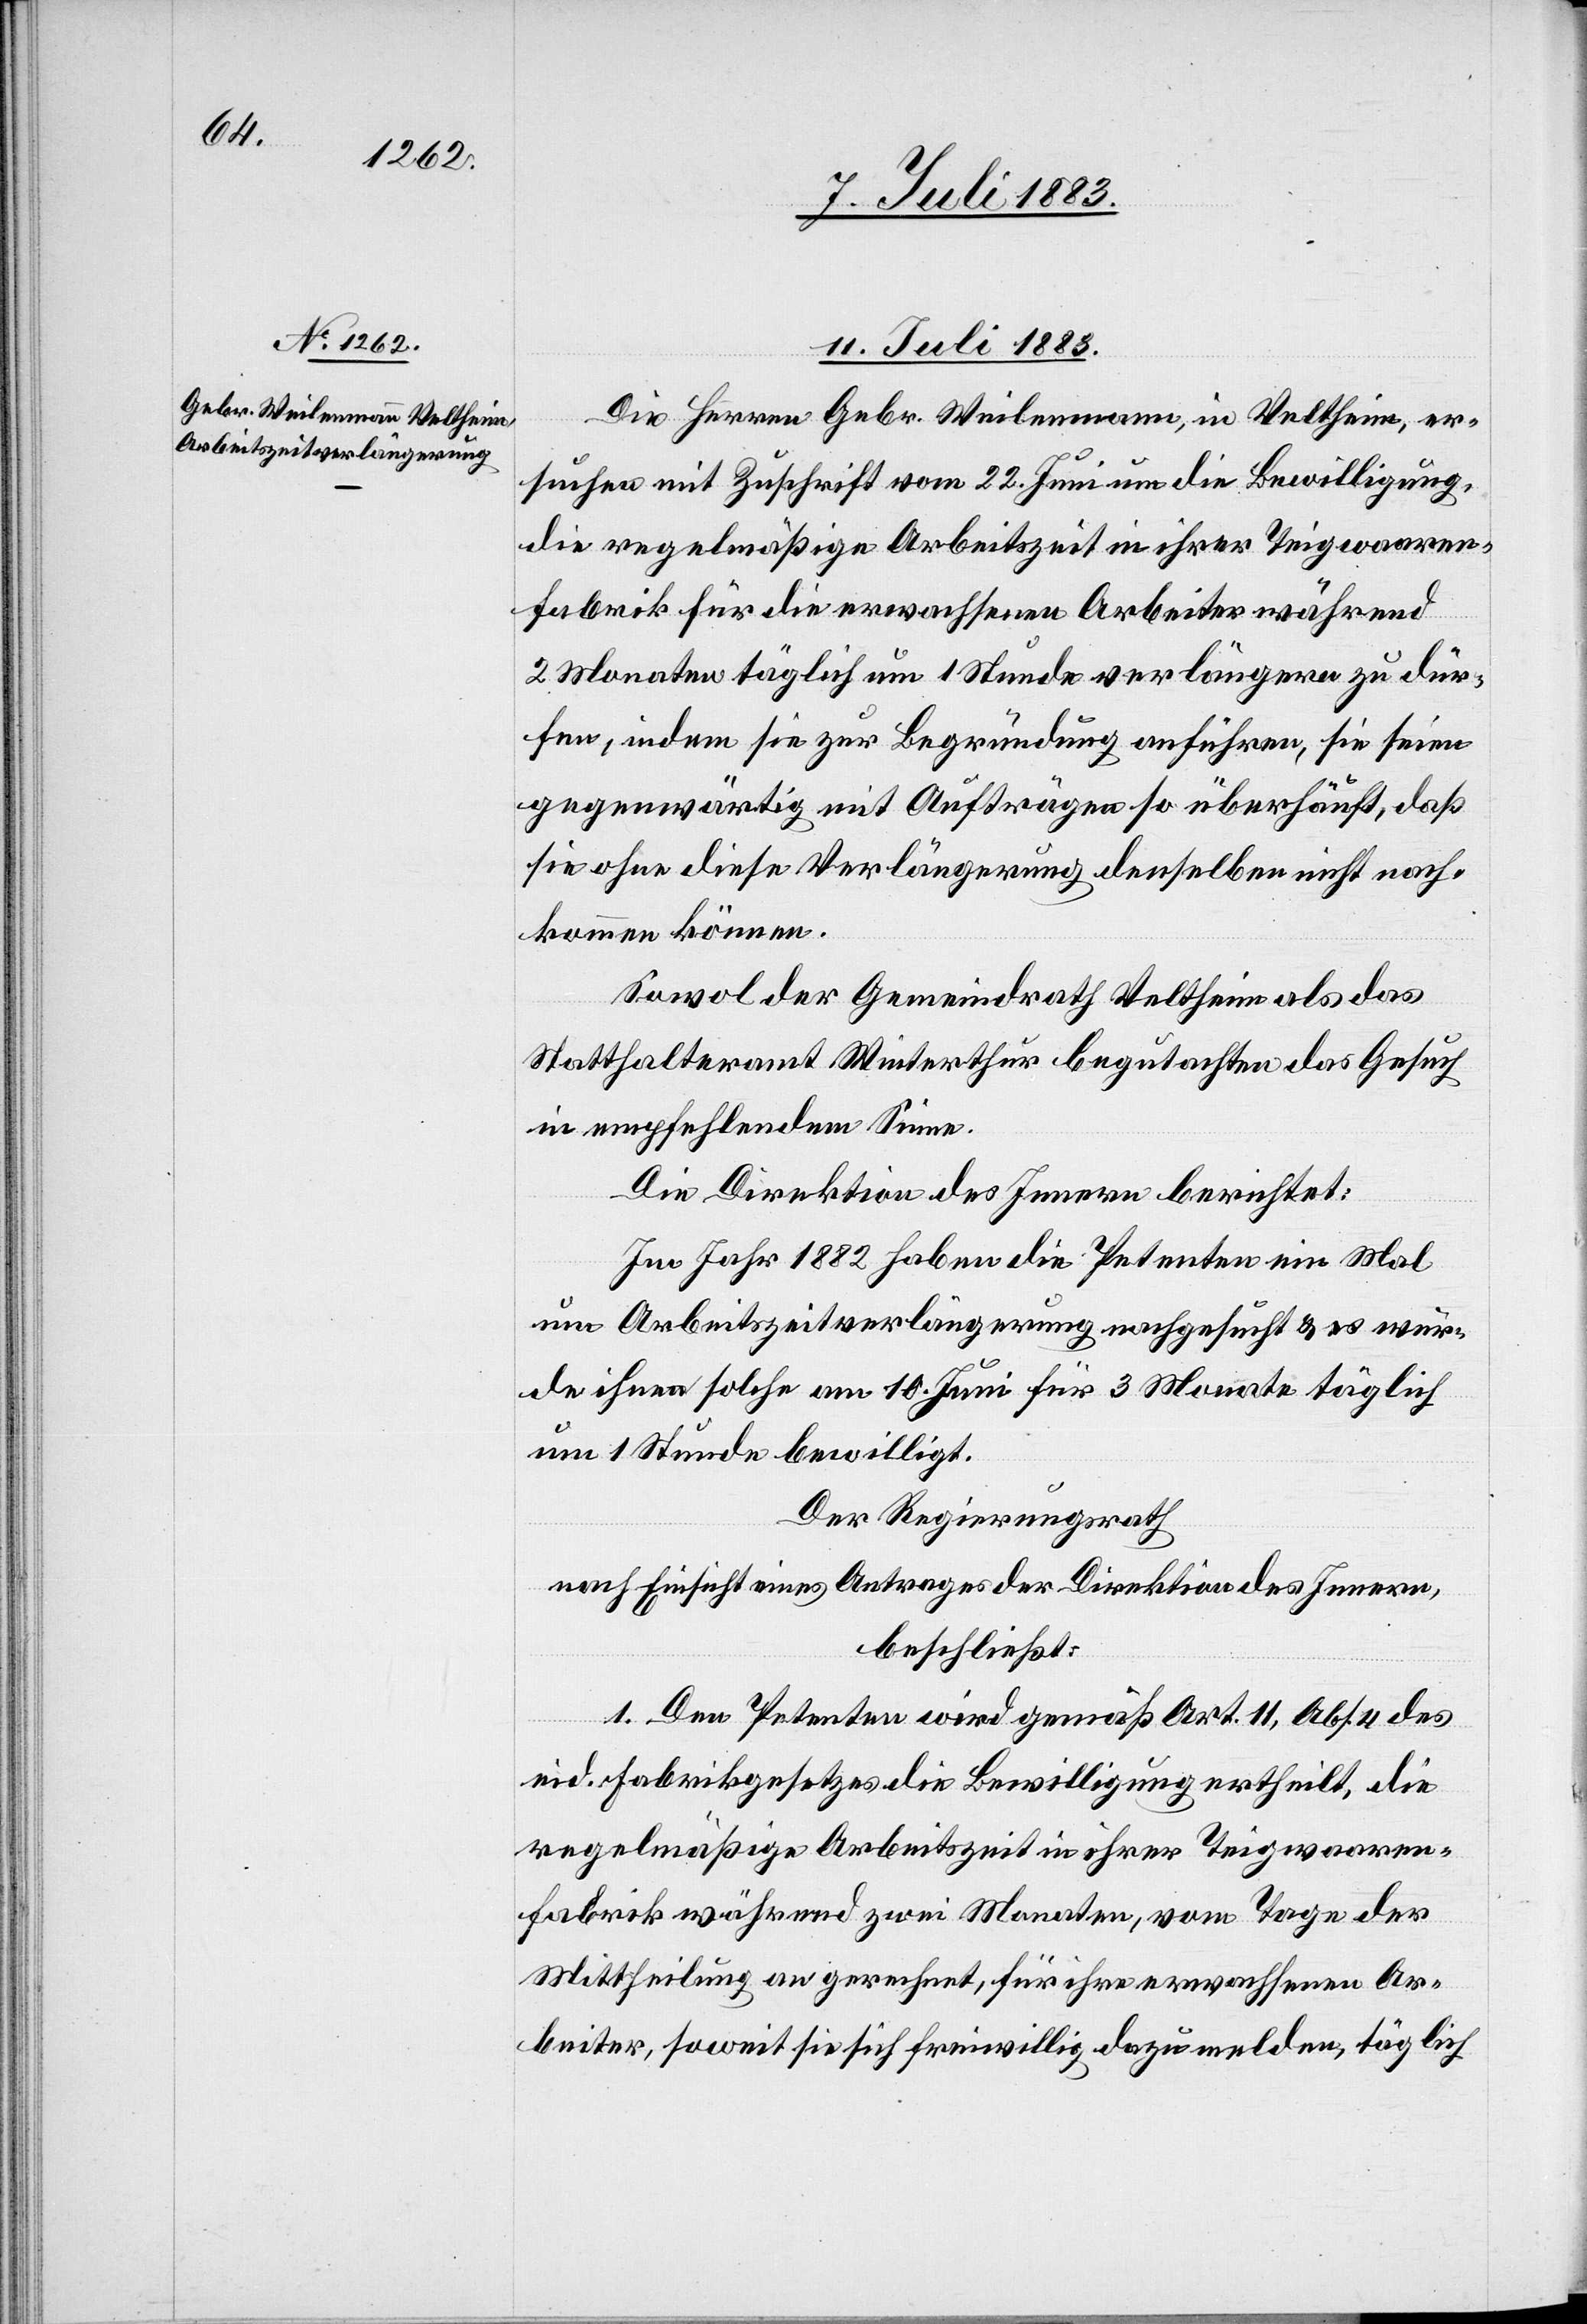
11. Juli 1883.
Die Herren Gebr. Weilenmann, in Veltheim, er¬
suchen mit Zuschrift vom 22. Juni um die Bewilligung,
die regelmäßige Arbeitszeit in ihrer Teigwaaren¬
fabrik für die erwachsenen Arbeiter während
2 Monaten täglich um 1 Stunde verlängern zu dür¬
fen, indem sie zur Begründung anführen, sie seien
gegenwärtig mit Aufträgen so überhäuft, daß
sie ohne diese Verlängerung denselben nicht nach¬
kommen können.
Sowol der Gemeindrath Veltheim als das
Statthalteramt Winterthur begutachten das Gesuch
in empfehlendem Sinne.
Die Direktion des Innern berichtet:
Im Jahr 1882 haben die Petenten ein Mal
um Arbeitszeitverlängerung nachgesucht & es wur¬
de ihnen solche am 10. Juni für 3 Monate täglich
um 1 Stunde bewilligt.
Der Regierungsrath,
nach Einsicht eines Antrages der Direktion des Innern,
beschließt:
1. Den Petenten wird gemäß Art. 11, Abs. 4 des
eid. Fabrikgesetzes die Bewilligung ertheilt, die
regelmäßige Arbeitszeit in ihrer Teigwaaren¬
fabrik während zwei Monaten, vom Tage der
Mittheilung an gerechnet, für ihre erwachsenen Ar¬
beiter, soweit sie sich freiwillig dazu melden, täglich